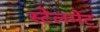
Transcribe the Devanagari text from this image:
स्टेलमेट